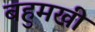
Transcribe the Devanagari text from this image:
बहुमखी